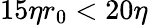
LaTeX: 15\eta r_{0}<20\eta